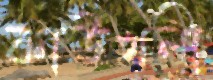
কাউখলী